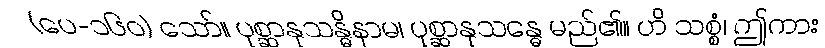
(ပေ-၁၆၀) သော်။ ပုစ္ဆာနုသန္ဓိနာမ၊ ပုစ္ဆာနုသန္ဓေ မည်၏။ ဟိ သစ္စံ၊ ဤကား